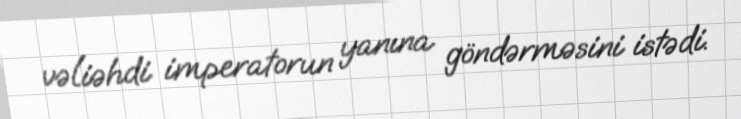
vəliəhdi imperatorun yanına göndərməsini istədi.